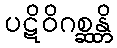
ပဋိဝိဂစ္ဆန္တိ